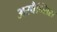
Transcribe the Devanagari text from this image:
अरवैन्सिस